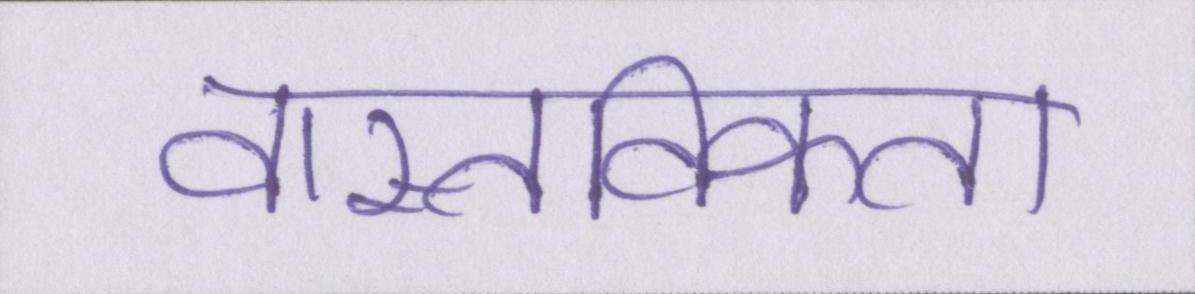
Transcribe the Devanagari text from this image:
वास्तविकता